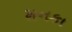
મનકા